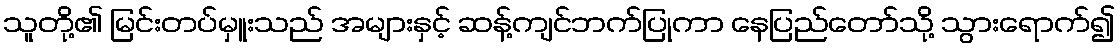
သူတို့၏ မြင်းတပ်မှူးသည် အများနှင့် ဆန့်ကျင်ဘက်ပြုကာ နေပြည်တော်သို့ သွားရောက်၍